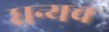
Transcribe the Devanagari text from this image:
धन्यच